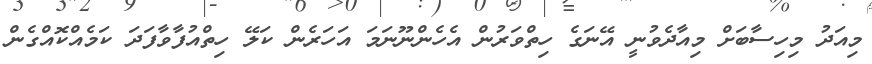
މިއަދު މިހިސާބަށް މިއާދެވުނީ އޭނަގެ ހިތްވަރުން އެހެންނޫނަމަ އަހަރެން ކަލޭ ހިތްއުފާވާފަދަ ކަމެއްކޮއްގެން